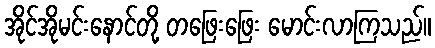
အိုင်အိုမင်းနောင်တို့ တဖြေးဖြေး မောင်းလာကြသည်။